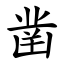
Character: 凿